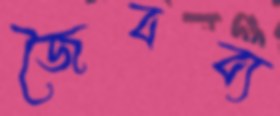
জৈবব্য